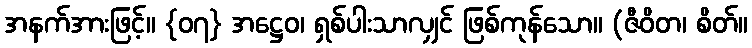
အနက်အားဖြင့်။ {၀၇} အဋ္ဌေဝ၊ ရှစ်ပါးသာလျှင် ဖြစ်ကုန်သော။ (ဇီဝိတ၊ စိတ်။